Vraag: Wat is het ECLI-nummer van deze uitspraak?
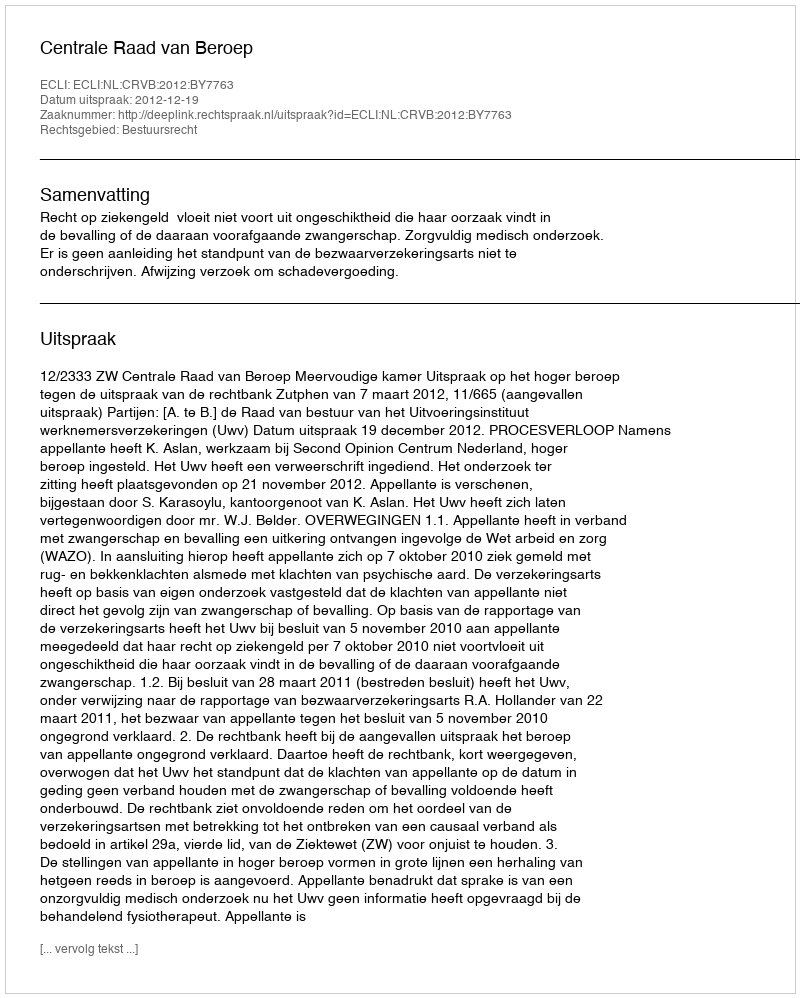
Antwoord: ECLI:NL:CRVB:2012:BY7763